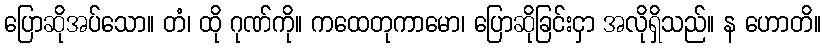
ပြောဆိုအပ်သော။ တံ၊ ထို ဂုဏ်ကို။ ကထေတုကာမော၊ ပြောဆိုခြင်းငှာ အလိုရှိသည်။ န ဟောတိ။